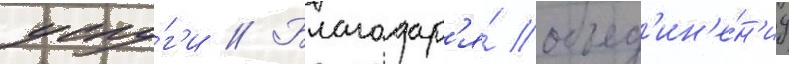
услу́г'и // Благодар'я́ объед'ин'е́н'иу